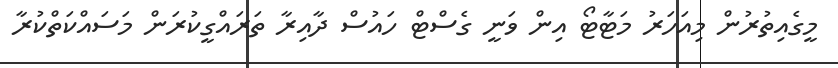
މީގެއިތުރުން މިއަހަރު މަޓާޓޯ އިން ވަނީ ގެސްޓް ހައުސް ދާއިރާ ތަރައްގީކުރަން މަަސައްކަތްކުރާ